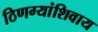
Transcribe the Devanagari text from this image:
ठिणग्यांशिवाय